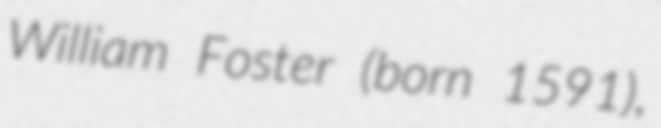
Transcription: William Foster (born 1591),